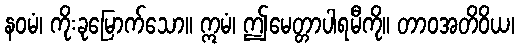
နဝမံ၊ ကိုးခုမြောက်သော။ ဣမံ၊ ဤမေတ္တာပါရမီကို။ တာဝအတိဝိယ၊